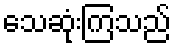
သေဆုံးကြသည်